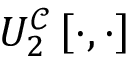
U _ { 2 } ^ { \mathcal { C } } \left[ \cdot , \cdot \right]